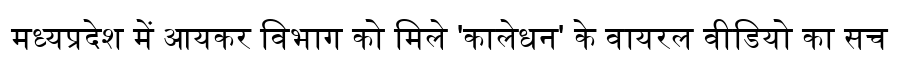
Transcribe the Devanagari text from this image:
मध्यप्रदेश में आयकर विभाग को मिले 'कालेधन' के वायरल वीडियो का सच